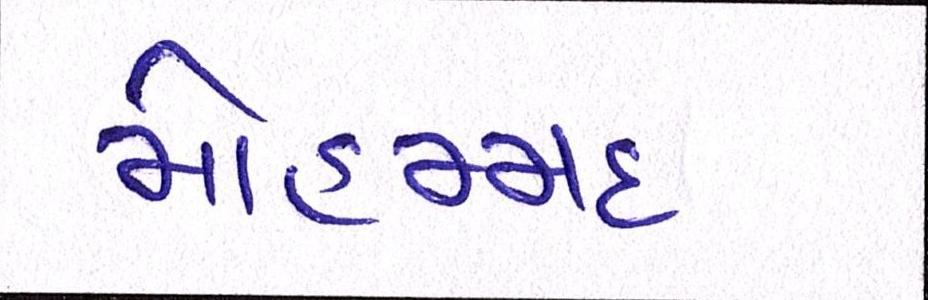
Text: મોહમ્મદ